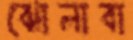
ঝোলাবা